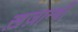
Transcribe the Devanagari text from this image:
ख़ज़ान्ची